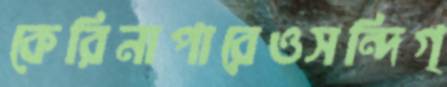
কেরিনাপারেওসন্দিগ্